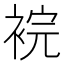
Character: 𧚁